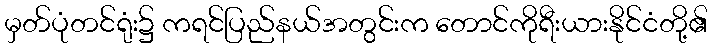
မှတ်ပုံတင်ရုံး၌ ကရင်ပြည်နယ်အတွင်းက တောင်ကိုရီးယားနိုင်ငံတို့၏